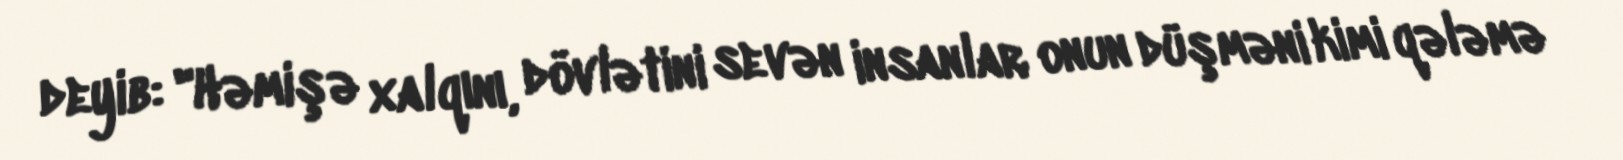
deyib: "Həmişə xalqını, dövlətini sevən insanlar onun düşməni kimi qələmə